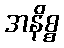
အနိစ္စ